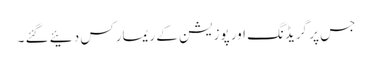
جس پر گریڈنگ اور پوزیشن کے ریمارکس دئیے گئے ۔